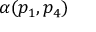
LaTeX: \alpha ( p _ { 1 } , p _ { 4 } )